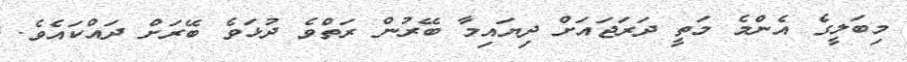
މިބަލީގެ އެންމެ މަތީ ދަރަޖައަށް ދިޔައިމާ ބޭރުން ރަތްވެ ދުޅަވެ ބޭރަށް ދައްކައެވެ.